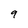
Character: 9